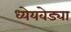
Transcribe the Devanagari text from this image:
ध्येेयवेड्या